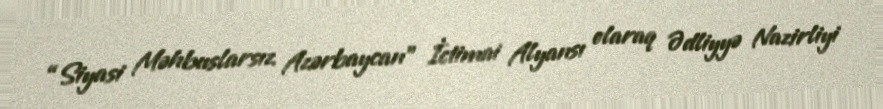
“Siyasi Məhbuslarsız Azərbaycan” İctimai Alyansı olaraq Ədliyyə Nazirliyi